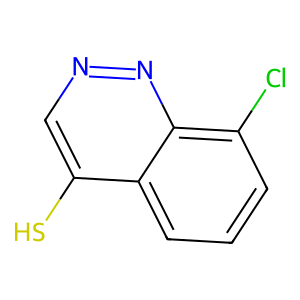
SMILES: Sc1cnnc2c(Cl)cccc12
Inhibits HIV replication: No